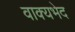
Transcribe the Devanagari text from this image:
वाक्यभेद